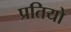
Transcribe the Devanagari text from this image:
प्रतियो